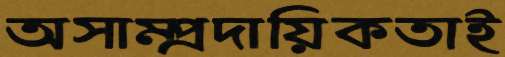
অসাম্প্রদায়িকতাই